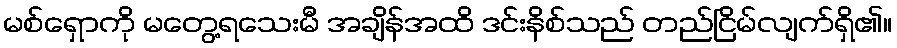
မစ်ရှောကို မတွေ့ရသေးမီ အချိန်အထိ ဒင်းနိစ်သည် တည်ငြိမ်လျက်ရှိ၏။